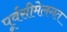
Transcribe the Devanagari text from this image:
पूर्वसीमेलगत